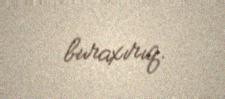
buraxırıq.